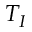
T _ { I }